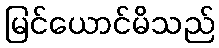
မြင်ယောင်မိသည်